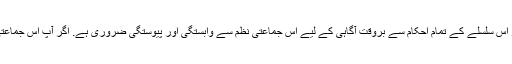
اس لیے کہ اقامت دین کی جدوجہد ایک اجتماعی شکل اور جماعتی ہیئت ہی میں ممکن ہے اور اس سلسلے کے تمام احکام سے بروقت آگاہی کے لیے اس جماعتی نظم سے وابستگی اور پیوستگی ضروری ہے. اگر آپ اس جماعتی نظم سے وابستہ نہیں ہیں تو ’’سمع‘‘ ہی نہیں ہو گا‘ نتیجتاً ’’طاعت‘‘ کی نوبت کہاں آئے گی؟